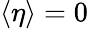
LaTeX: \left<\eta\right>=0